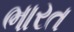
ભારત